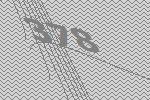
378